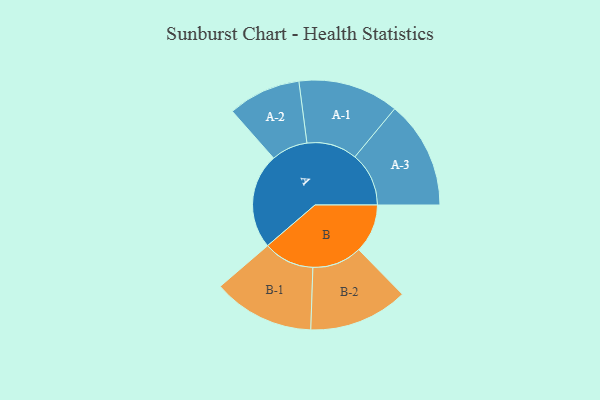
{"axis": {"x": "Segment", "y": "Value"}, "legend": ["", "A", "B"], "data": [{"x": "A", "y": 485, "type": ""}, {"x": "B", "y": 248, "type": ""}, {"x": "A-1", "y": 256, "type": "A"}, {"x": "A-2", "y": 185, "type": "A"}, {"x": "A-3", "y": 274, "type": "A"}, {"x": "B-1", "y": 258, "type": "B"}, {"x": "B-2", "y": 252, "type": "B"}]}